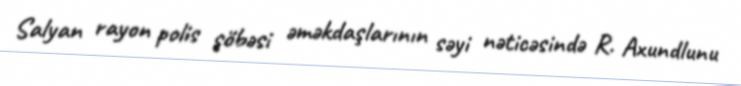
Salyan rayon polis şöbəsi əməkdaşlarının səyi nəticəsində R. Axundlunu